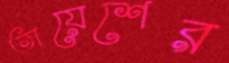
তায়েশের